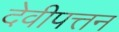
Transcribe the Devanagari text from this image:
देवीपत्तन